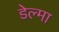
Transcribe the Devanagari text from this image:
डेल्मा